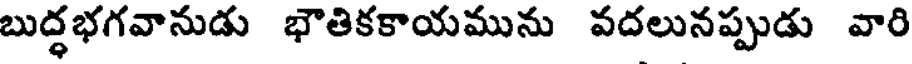
బుద్ధభగవానుడు భౌతికకాయమును వదలునప్పుడు వారి